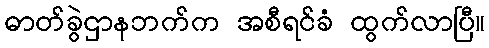
ဓာတ်ခွဲဌာနဘက်က အစီရင်ခံ ထွက်လာပြီ။